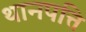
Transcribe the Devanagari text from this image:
थानपत्ति